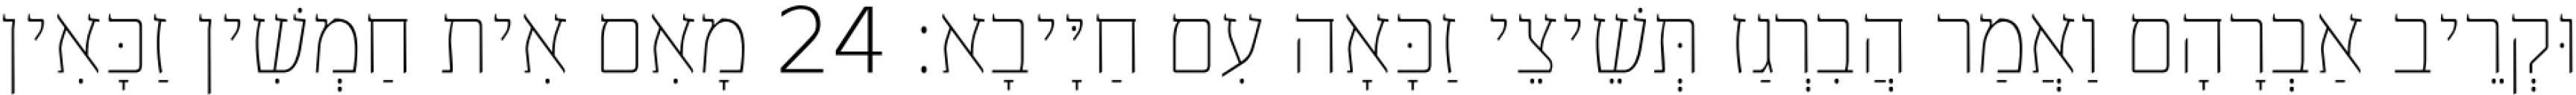
וּקְרֵיב אַבְרָהָם וַאֲמַר הֲבִרְגַז תְּשֵׁיצֵי זַכָּאָה עִם חַיָּיבָא׃ 24 מָאִם אִית חַמְשִׁין זַכָּאִין